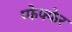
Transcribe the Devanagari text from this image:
प्फेफ्फेर